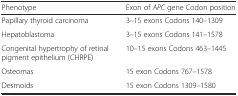
<table><thead><tr><td><b>Phenotype</b></td><td><b>Exon of <i>APC</i> gene Codon position</b></td></tr></thead><tbody><tr><td>Papillary thyroid carcinoma</td><td>3–15 exons Codons 140–1309</td></tr><tr><td>Hepatoblastoma</td><td>3–15 exons Codons 141–1578</td></tr><tr><td>Congenital hypertrophy of retinal pigment epithelium (CHRPE)</td><td>10–15 exons Codons 463–1445</td></tr><tr><td>Osteomas</td><td>15 exon Codons 767–1578</td></tr><tr><td>Desmoids</td><td>15 exon Codons 1309–1580</td></tr></tbody></table>